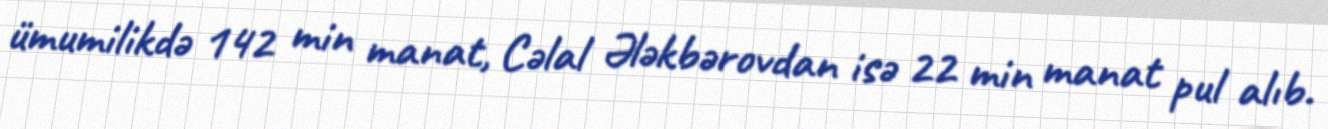
ümumilikdə 142 min manat, Cəlal Ələkbərovdan isə 22 min manat pul alıb.